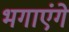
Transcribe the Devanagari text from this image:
भगाएंगे